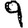
Digit: 9